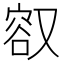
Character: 𪠮